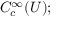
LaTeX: C _ { c } ^ { \infty } ( U ) ;